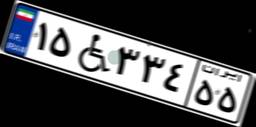
۲۷W۱۲۴۶۹